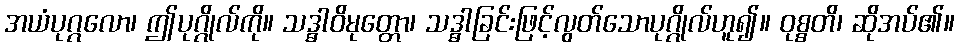
အယံပုဂ္ဂလော၊ ဤပုဂ္ဂိုလ်ကို။ သဒ္ဓါဝိမုတ္တော၊ သဒ္ဓါခြင်းဖြင့်လွတ်သောပုဂ္ဂိုလ်ဟူ၍။ ဝုစ္စတိ၊ ဆိုအပ်၏။